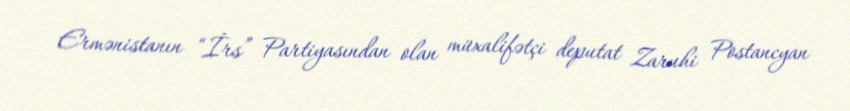
Ermənistanın “İrs” Partiyasından olan müxalifətçi deputat Zaruhi Postancyan